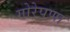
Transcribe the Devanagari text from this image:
गोरेपणा